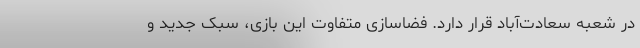
در شعبه سعادت‌آباد قرار دارد. فضاسازی متفاوت این بازی، سبک جدید و